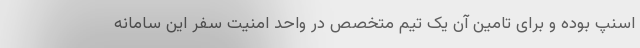
اسنپ بوده و برای تامین آن یک تیم متخصص در واحد امنیت سفر این سامانه